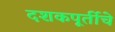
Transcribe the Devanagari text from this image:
दशकपूर्तीचे